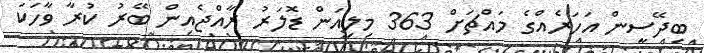
ބިދޭސީން އަހަރެއްގެ މައްޗަށް 363 މިލިއަން ޑޮލަރު ރާއްޖެއިން ބޭރު ކުރާ ވާހަކަ